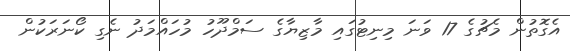
އެގޮތުން މެޗުގެ 17 ވަނަ މިނިޓުގައި މާޒިޔާގެ ސަމްދޫހު މުހައްމަދު ނެގި ކޯނަރަކުން